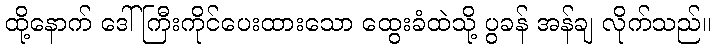
ထို့နောက် ဒေါ်ကြီးကိုင်ပေးထားသော ထွေးခံထဲသို့ ပွခန် အန်ချ လိုက်သည်။